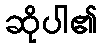
ဆိုပါ၏